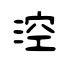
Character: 涳